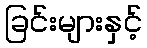
ခြင်းများနှင့်